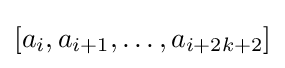
[a_{i},a_{i+1},\dots ,a_{i+2k+2}]